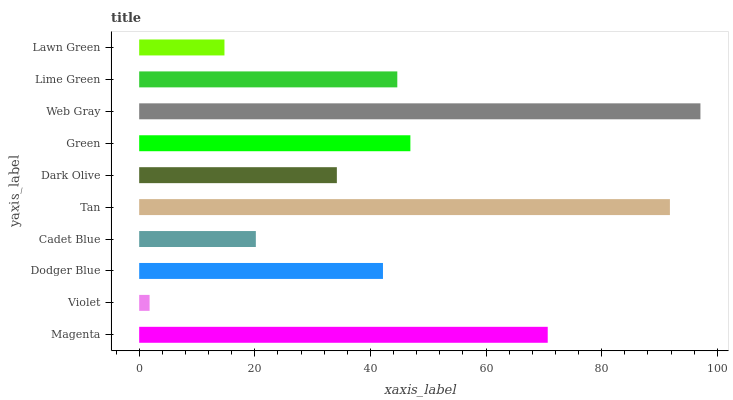
| yaxis_label | bars |
 | --- | --- |
 | Magenta | 70.7 |
 | Violet | 1.8 |
 | Dodger Blue | 42.2 |
 | Cadet Blue | 20.2 |
 | Tan | 91.8 |
 | Dark Olive | 34.2 |
 | Green | 46.9 |
 | Web Gray | 97.1 |
 | Lime Green | 44.6 |
 | Lawn Green | 14.8 |